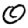
Digit: 0